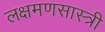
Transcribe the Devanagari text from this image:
लक्षमणसास्त्री